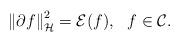
LaTeX: \begin{align*}\left\|\partial f\right\|_\mathcal{H}^2=\mathcal{E}(f), \ \ f\in\mathcal{C}.\end{align*}